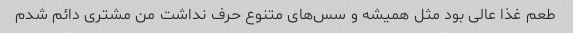
طعم غذا عالی بود مثل همیشه و سس‌های متنوع حرف نداشت من مشتری دائم شدم